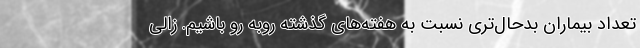
تعداد بیماران بدحال‌تری نسبت به هفته‌های گذشته روبه رو باشیم. زالی